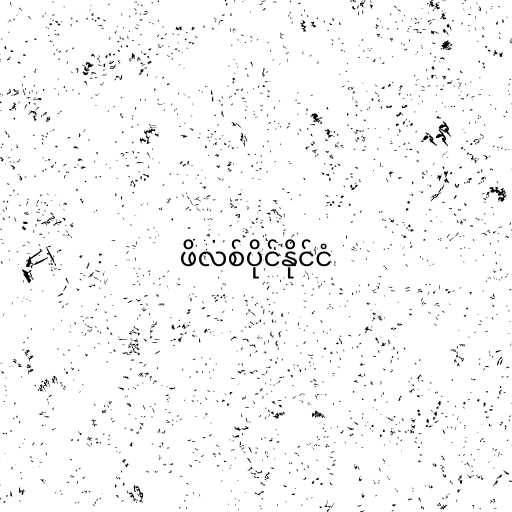
ဖိလစ်ပိုင်နိုင်ငံ